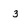
Character: 3